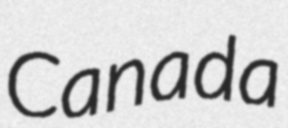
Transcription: Canada